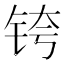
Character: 𰽴